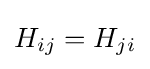
{\textstyle H_{ij}=H_{ji}}